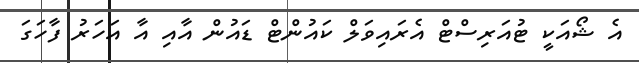
އެ ޝޯއަކީ ޓުއަރިސްޓް އެރައިވަލް ކައުންޓް ޑައުން އާއި އާ އަހަރު ފާހަގަ